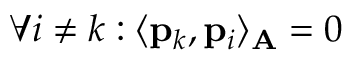
\forall i \neq k : \langle \mathbf { p } _ { k } , \mathbf { p } _ { i } \rangle _ { \mathbf { A } } = 0